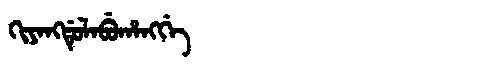
Manchu: ᡴᡳᠶᠠᠩᡩᡠᠯᠠᠪᡠᡥᠠᠩᡤᡝ
Romanization: KIYANGDULABUHANGGE